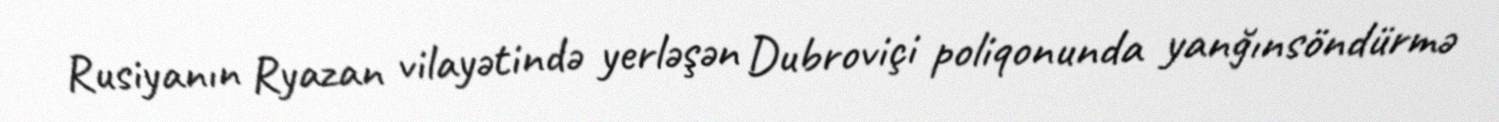
Rusiyanın Ryazan vilayətində yerləşən Dubroviçi poliqonunda yanğınsöndürmə